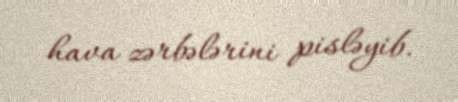
hava zərbələrini pisləyib.